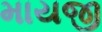
માયજી